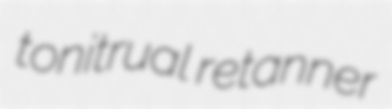
tonitrual retanner